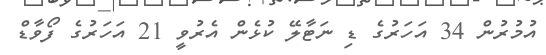
އުމުރުން 34 އަހަރުގެ ޑި ނަޓާލޭ ކުޅެން އެރުވީ 21 އަހަރުގެ ފޯވާޑް